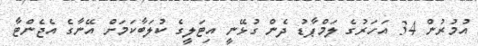
އުމުރުން 34 އަހަރުގެ ލަމްޕާޑު ދެން ގުޅޭނީ އިޓަލީގެ ކުލަބާކަމަށް އޭނާގެ އެޖެންޓާ